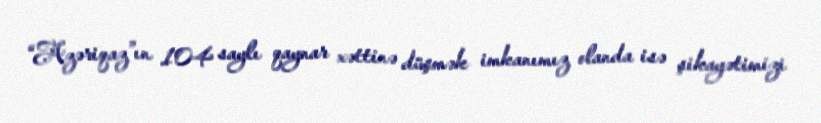
“Azəriqaz”ın 104 saylı qaynar xəttinə düşmək imkanımız olanda isə şikayətimizi